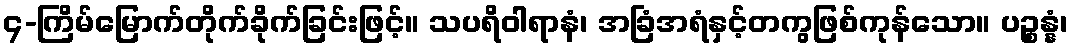
၄-ကြိမ်မြောက်တိုက်ခိုက်ခြင်းဖြင့်။ သပရိဝါရာနံ၊ အခြံအရံနှင့်တကွဖြစ်ကုန်သော။ ပဉ္စန္နံ၊